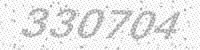
Solution: 330704